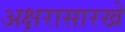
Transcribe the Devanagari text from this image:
अक्षरासारखे